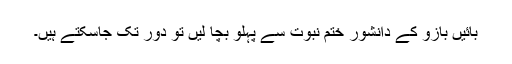
بائیں بازو کے دانشور ختمِ نبوت سے پہلو بچا لیں تو دور تک جاسکتے ہیں۔